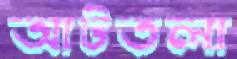
আটতলা